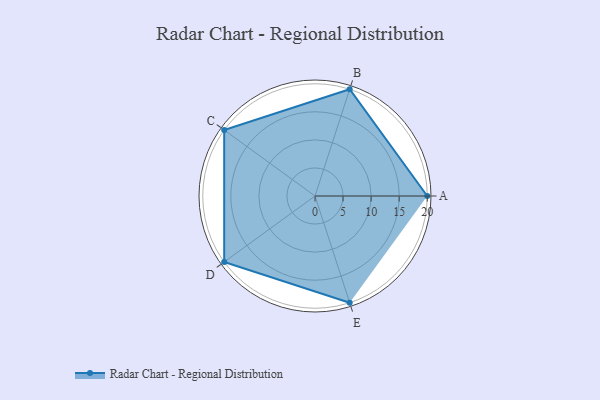
{"axis": {"x": "Skill", "y": "Score"}, "legend": ["Profile"], "data": [{"x": "A", "y": 20, "type": "Profile"}, {"x": "B", "y": 20, "type": "Profile"}, {"x": "C", "y": 20, "type": "Profile"}, {"x": "D", "y": 20, "type": "Profile"}, {"x": "E", "y": 20, "type": "Profile"}]}